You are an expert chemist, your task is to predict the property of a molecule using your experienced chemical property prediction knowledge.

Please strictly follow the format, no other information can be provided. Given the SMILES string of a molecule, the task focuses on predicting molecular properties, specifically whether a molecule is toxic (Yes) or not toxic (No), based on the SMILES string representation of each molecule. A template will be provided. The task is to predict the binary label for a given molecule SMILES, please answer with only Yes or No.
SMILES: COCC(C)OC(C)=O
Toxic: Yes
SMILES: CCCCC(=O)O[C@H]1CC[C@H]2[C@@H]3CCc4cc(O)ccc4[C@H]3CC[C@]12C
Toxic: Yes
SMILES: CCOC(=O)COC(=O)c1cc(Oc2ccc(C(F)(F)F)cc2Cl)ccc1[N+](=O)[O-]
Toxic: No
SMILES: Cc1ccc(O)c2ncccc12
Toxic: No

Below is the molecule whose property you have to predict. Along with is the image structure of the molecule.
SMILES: Nc1ccc(S(=O)(=O)Nc2ccc(Cl)nn2)cc1
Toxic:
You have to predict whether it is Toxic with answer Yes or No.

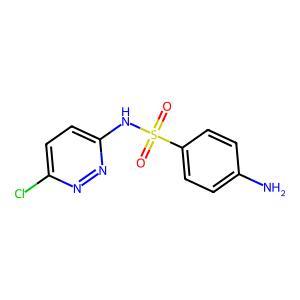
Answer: No